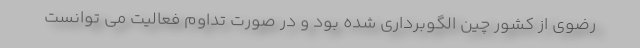
رضوی از کشور چین الگوبرداری شده بود و در صورت تداوم فعالیت می توانست